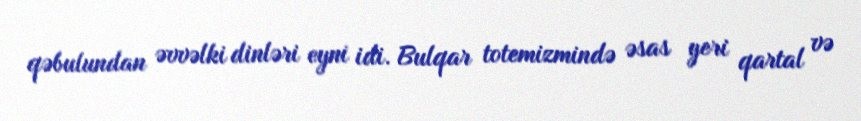
qəbulundan əvvəlki dinləri eyni idi. Bulqar totemizmində əsas yeri qartal və